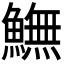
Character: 𩻚